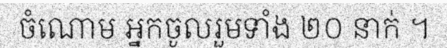
ចំណោម អ្នកចូលរួមទាំង ២០ នាក់ ។